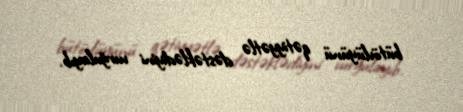
bütövlüyünü qətiyyətlə dəstəklədiyini vurğulayıb.